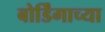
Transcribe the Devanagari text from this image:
बोर्डिंगाच्या